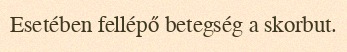
Esetében fellépő betegség a skorbut.